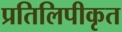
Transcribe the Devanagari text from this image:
प्रतिलिपीकृत